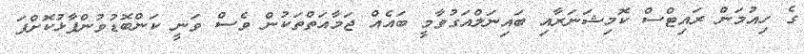
ގެ ހިއުމަން ރައިޓްސް ކޮމިޝަނަރާއި ބައިނަލްއަގުވާމީ ބައެއް ޖަމާއަތްތަކުން ވެސް ވަނީ ކަންބޮޑުވުންފާޅުކޮށްފަ